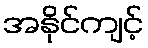
အနိုင်ကျင့်